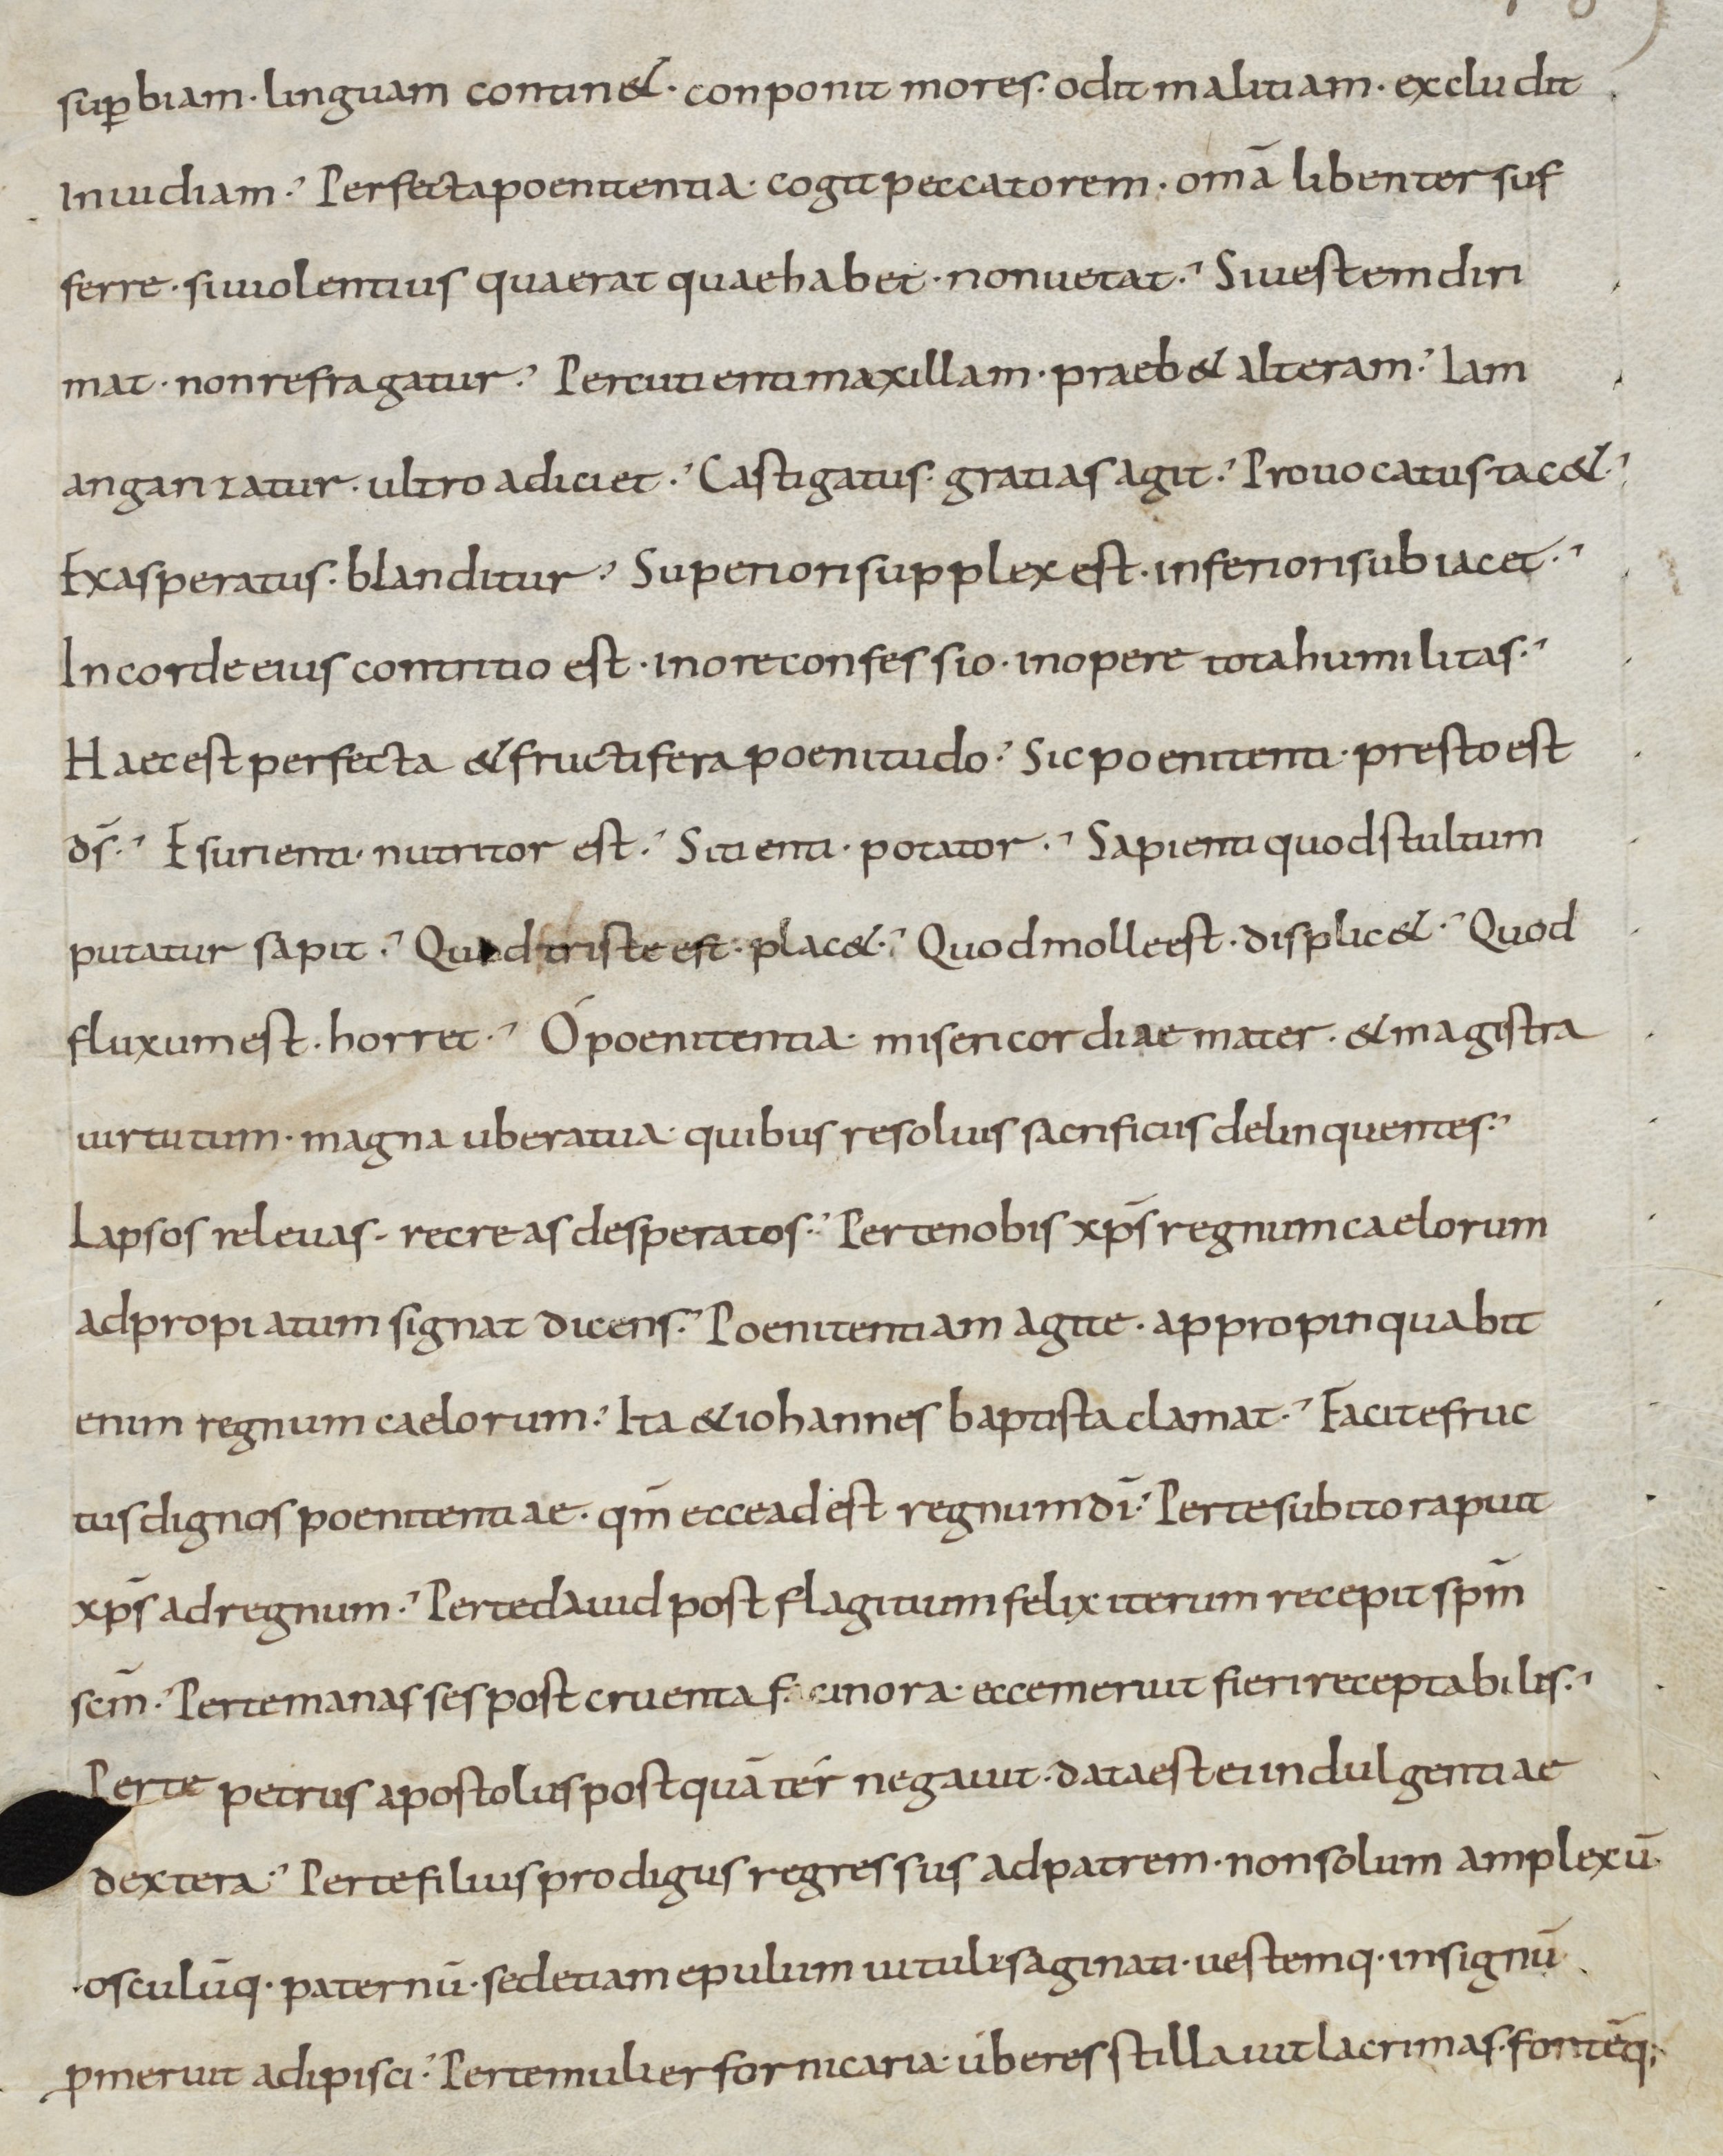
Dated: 900–999